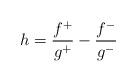
LaTeX: \begin{align*}h=\frac{f ^+}{g^+ } - \frac{f ^-}{g^- }\end{align*}